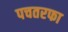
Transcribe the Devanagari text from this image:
पचतरफा